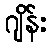
ဂျိန်း